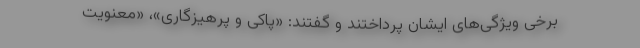
برخی ویژگی‌های ایشان پرداختند و گفتند: «پاکی و پرهیزگاری»، «معنویت